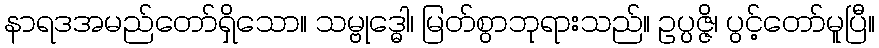
နာရဒအမည်တော်ရှိသော။ သမ္ဗုဒ္ဓေါ၊ မြတ်စွာဘုရားသည်။ ဥပ္ပဇ္ဇိ၊ ပွင့်တော်မူပြီ။